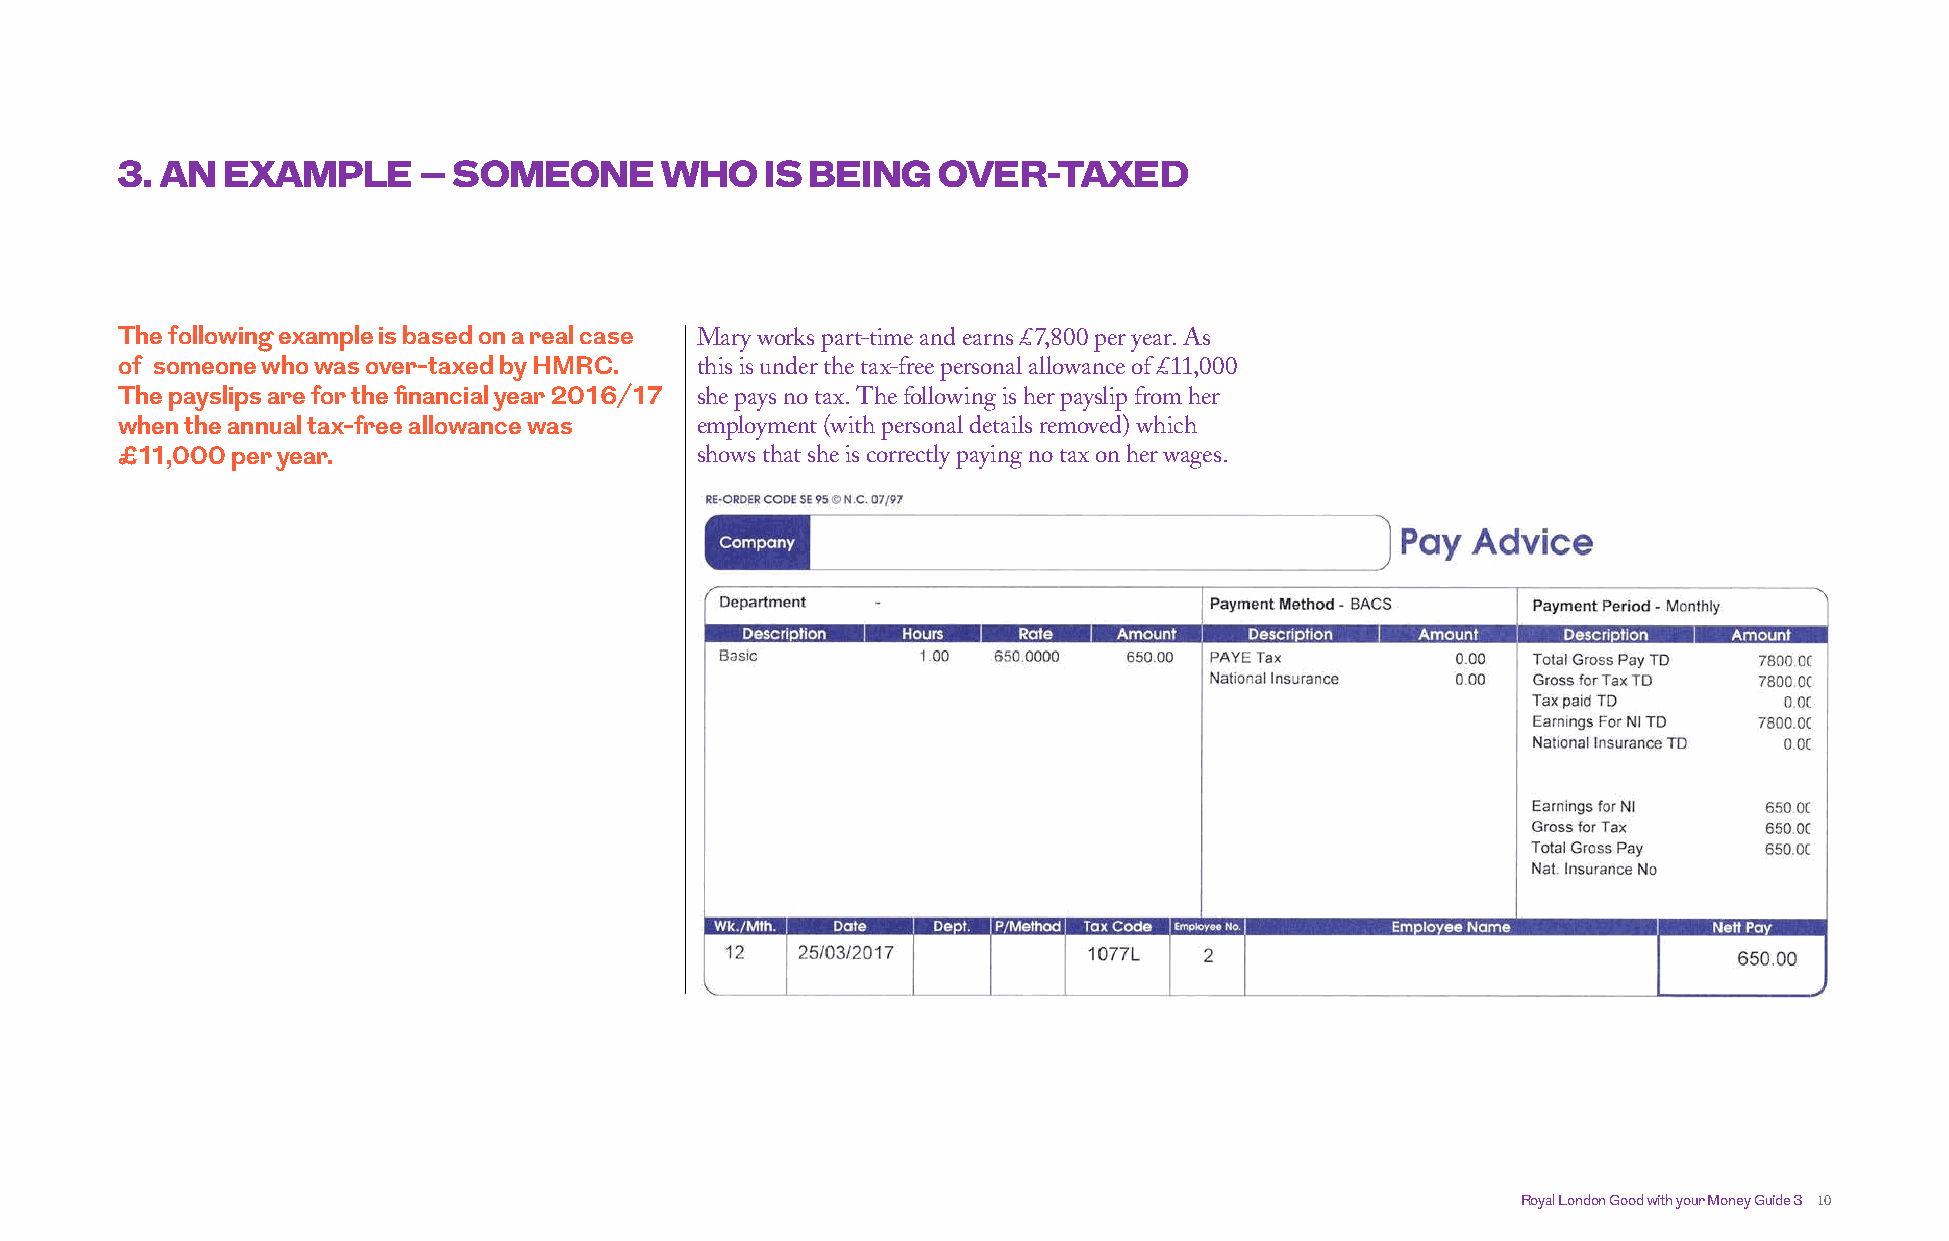
3. AN  EXAMPLE      – SOMEONE       WHO    IS BEING   OVER-TAXED
 The following example is based on a real case Mary works part-time and earns £7,800 per year. As
 of someone who was over-taxed by HMRC. this is under the tax-free personal allowance of £11,000
 The payslips are for the financial year 2016/17 she pays no tax. The following is her payslip from her
 when the annual tax-free allowance was employment (with personal details removed) which
 shows that she is correctly paying no tax on her wages.
 £11,000 per year.
 Royal London Good with your Money Guide 3 10